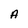
Character: A